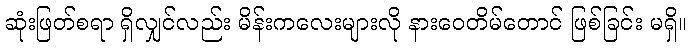
ဆုံးဖြတ်စရာ ရှိလျှင်လည်း မိန်းကလေးများလို နားဝေတိမ်တောင် ဖြစ်ခြင်း မရှိ။